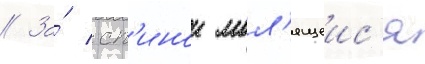
// За́ сп'инои мол'ящеис'я